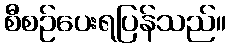
စီစဉ်ပေးရပြန်သည်။